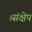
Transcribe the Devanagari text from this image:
।संक्षेप